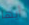
أيها